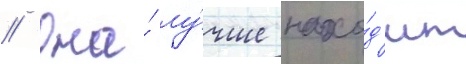
// Она́ лу́чше нахо́д'ит